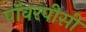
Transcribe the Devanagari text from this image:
पॉवरपीसी